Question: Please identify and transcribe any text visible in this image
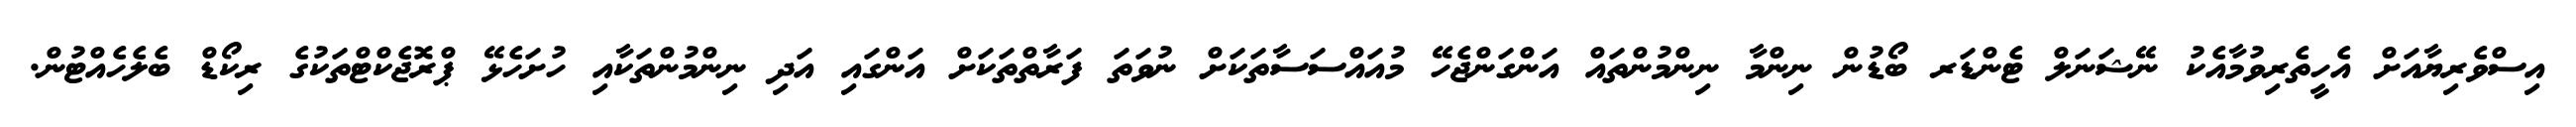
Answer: އިސްވެރިޔާއަށް އެހީތެރިވުމާއެކު ނޭޝަނަލް ޓެންޑަރ ބޯޑުން ނިންމާ ނިންމުންތައް އަންގަންޖެހޭ މުއައްސަސާތަކަށް ނުވަތަ ފަރާތްތަކަށް އަންގައި އަދި ނިންމުންތަކާއި ހުށަހެޅޭ ޕްރޮޖެކްޓްތަކުގެ ރިކޯޑް ބެލެހެއްޓުން.